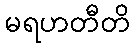
မရဟတီတိ